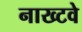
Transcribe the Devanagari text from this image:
नाख्टवे